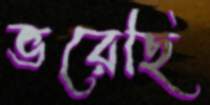
ভরেছি